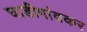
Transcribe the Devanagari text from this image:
घाडीगांवकर